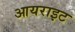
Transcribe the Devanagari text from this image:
आयराइट